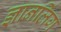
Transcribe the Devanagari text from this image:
ज्ञानलिंग